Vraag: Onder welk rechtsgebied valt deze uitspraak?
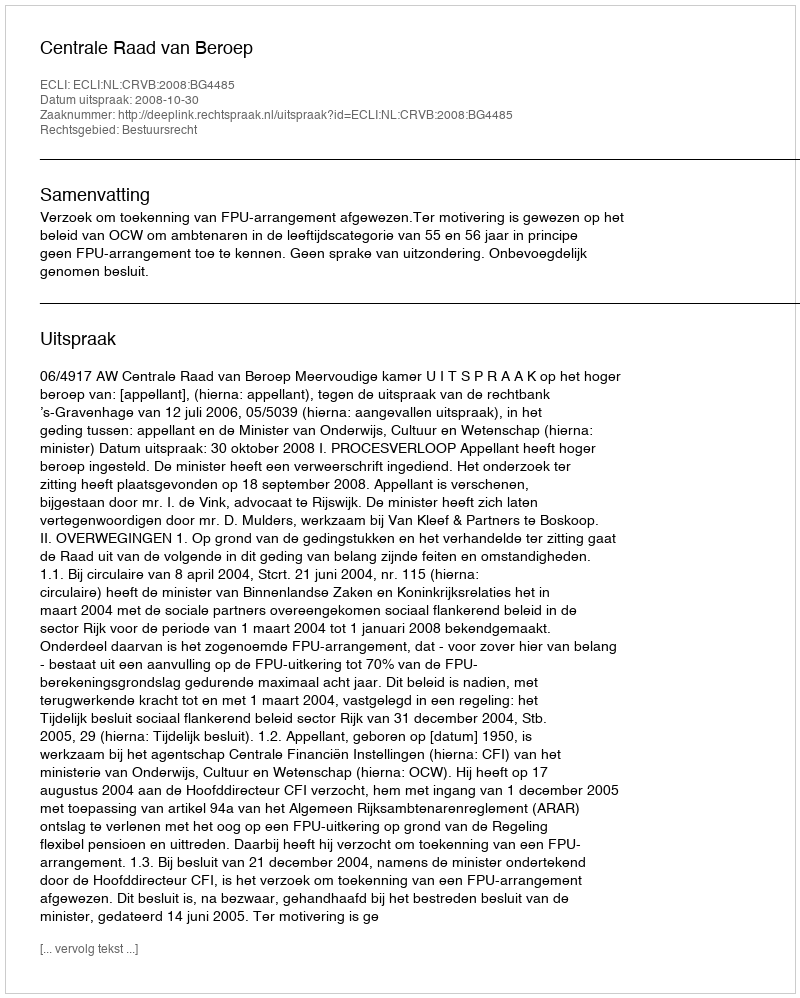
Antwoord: Bestuursrecht